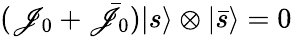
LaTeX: (\mathscr{J}_{0}+\bar{{\mathscr{J}}}_{0}){\vert{s}\rangle}\otimes{\vert{\bar{{s}}}\rangle}=0